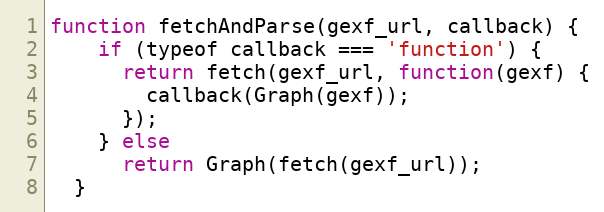
Language: JavaScript
function fetchAndParse(gexf_url, callback) {
    if (typeof callback === 'function') {
      return fetch(gexf_url, function(gexf) {
        callback(Graph(gexf));
      });
    } else
      return Graph(fetch(gexf_url));
  }